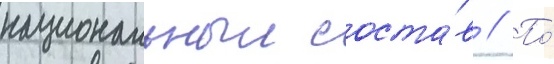
национальныи соста́в // По́